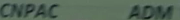
CNPAC ADM